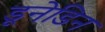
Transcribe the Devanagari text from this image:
डूनेडिन